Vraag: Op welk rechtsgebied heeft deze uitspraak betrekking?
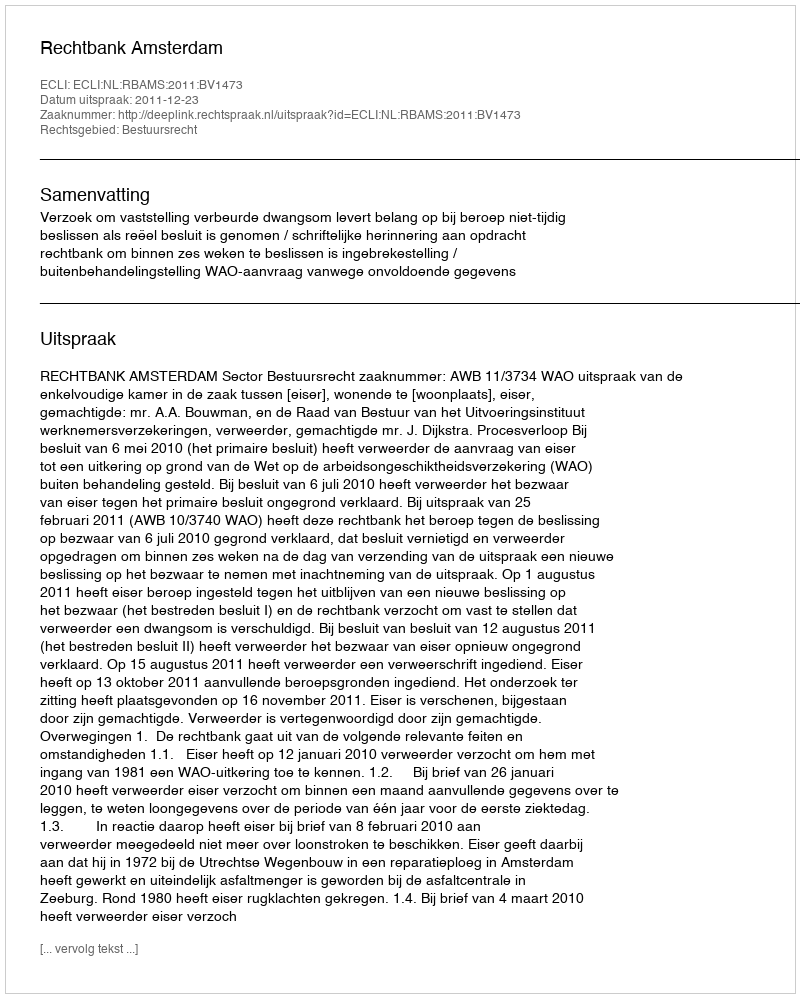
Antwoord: Bestuursrecht